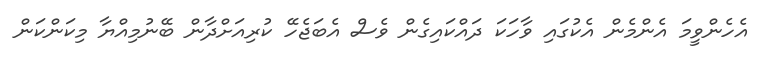
އެހެންވީމަ އެންމެން އެކުގައި ވާހަކަ ދައްކައިގެން ވެސް އެބަޖެހޭ ކުރިއަށްދާން ބޭނުމިއްޔާ މިކަންކަން